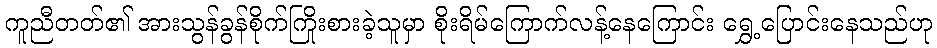
ကူညီတတ်၏ အားသွန်ခွန်စိုက်ကြိုးစားခဲ့သူမှာ စိုးရိမ်ကြောက်လန့်နေကြောင်း ရွှေ့ပြောင်းနေသည်ဟု